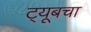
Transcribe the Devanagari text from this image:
ट्यूबचा